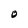
Character: O